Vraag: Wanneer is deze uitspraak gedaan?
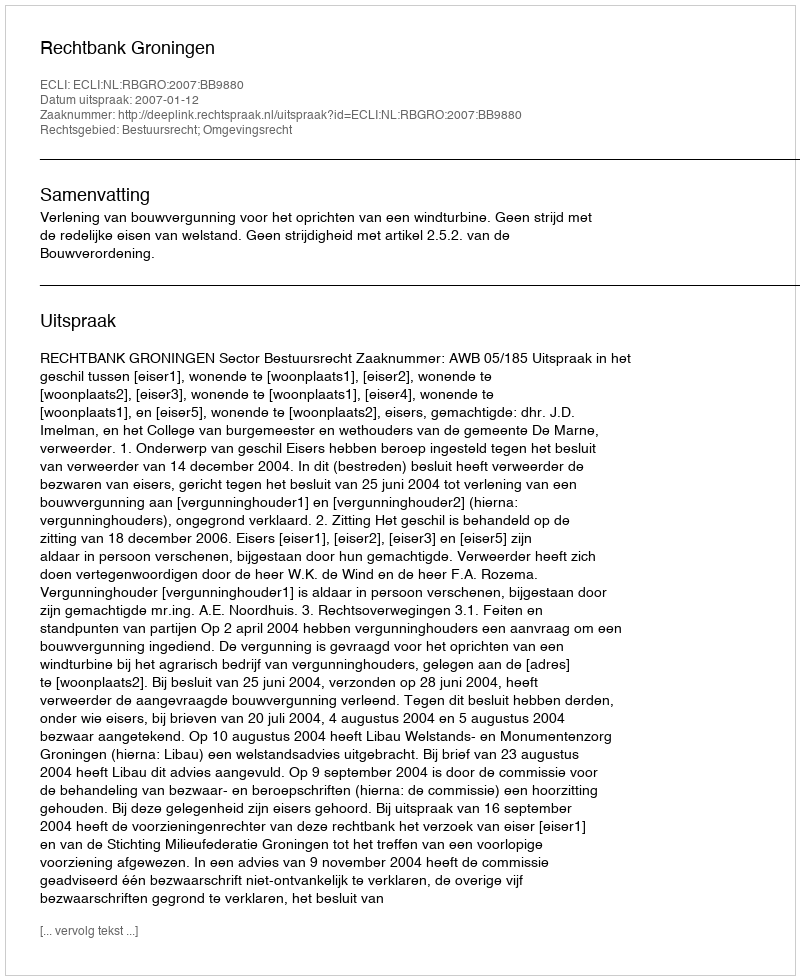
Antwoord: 2007-01-12